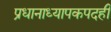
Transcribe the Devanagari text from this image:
प्रधानाध्यापकपदही